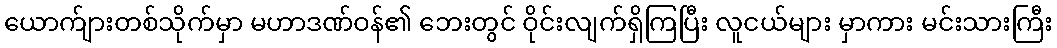
ယောက်ျားတစ်သိုက်မှာ မဟာဒဏ်ဝန်၏ ဘေးတွင် ဝိုင်းလျက်ရှိကြပြီး လူငယ်များ မှာကား မင်းသားကြီး